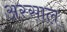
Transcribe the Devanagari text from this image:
अस्साल